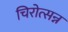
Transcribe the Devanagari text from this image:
चिरोत्सन्न